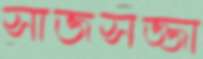
সাজসজ্জা